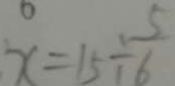
x = 1 5 \div \frac { 5 } { 6 }